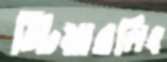
স্টিয়ারলিং